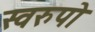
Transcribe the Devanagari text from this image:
स्वरुपो